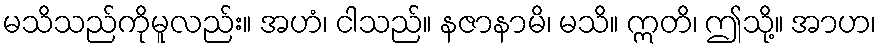
မသိသည်ကိုမူလည်း။ အဟံ၊ ငါသည်။ နဇာနာမိ၊ မသိ။ ဣတိ၊ ဤသို့။ အာဟ၊